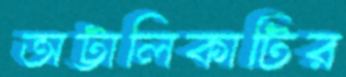
অট্টালিকাটির